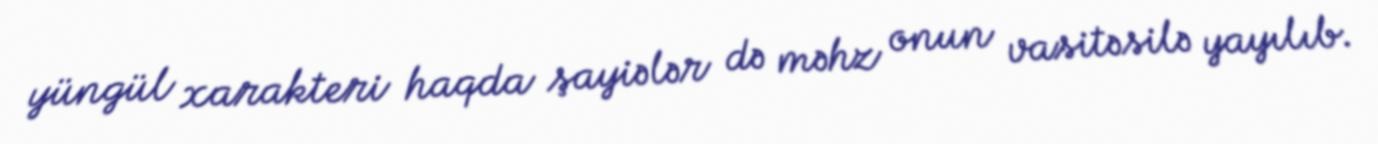
yüngül xarakteri haqda şayiələr də məhz onun vasitəsilə yayılıb.